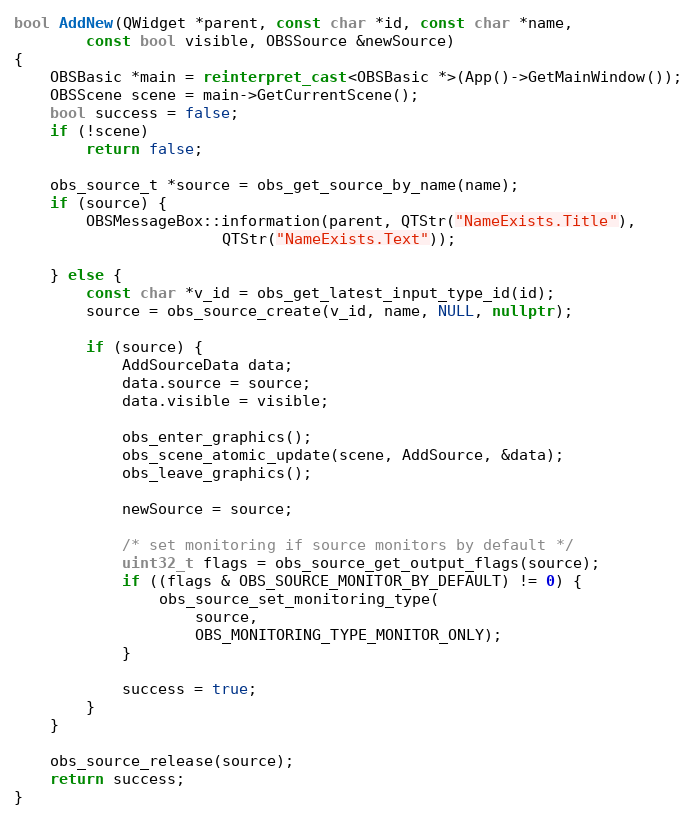
Language: C++
bool AddNew(QWidget *parent, const char *id, const char *name,
	    const bool visible, OBSSource &newSource)
{
	OBSBasic *main = reinterpret_cast<OBSBasic *>(App()->GetMainWindow());
	OBSScene scene = main->GetCurrentScene();
	bool success = false;
	if (!scene)
		return false;

	obs_source_t *source = obs_get_source_by_name(name);
	if (source) {
		OBSMessageBox::information(parent, QTStr("NameExists.Title"),
					   QTStr("NameExists.Text"));

	} else {
		const char *v_id = obs_get_latest_input_type_id(id);
		source = obs_source_create(v_id, name, NULL, nullptr);

		if (source) {
			AddSourceData data;
			data.source = source;
			data.visible = visible;

			obs_enter_graphics();
			obs_scene_atomic_update(scene, AddSource, &data);
			obs_leave_graphics();

			newSource = source;

			/* set monitoring if source monitors by default */
			uint32_t flags = obs_source_get_output_flags(source);
			if ((flags & OBS_SOURCE_MONITOR_BY_DEFAULT) != 0) {
				obs_source_set_monitoring_type(
					source,
					OBS_MONITORING_TYPE_MONITOR_ONLY);
			}

			success = true;
		}
	}

	obs_source_release(source);
	return success;
}